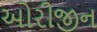
ઓરીજીન